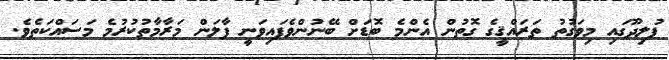
ފުލިދޫގައި މިވަގުތު ތަރައްޤީގެ ގޮތުން އެންމެ ބޮޑަށް ބޭނުންވެފައިވަނީ ފާލަން މަރާމާތުކުރުމެ މަސައްކަތެވެ.